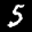
Label: 5